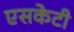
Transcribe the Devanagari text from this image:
एसकेटी